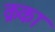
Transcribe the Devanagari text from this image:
क्रका